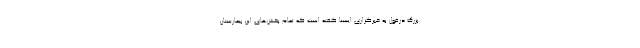
بزرگ دزفول به خبرگزاری ایسنا گفته است که تمام بخش‌های این بیمارستان